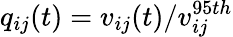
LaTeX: q_{ij}(t)=v_{ij}(t)/v_{ij}^{95th}